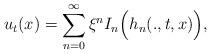
LaTeX: \begin{align*}u_t(x)= \sum_{n=0}^{\infty}\xi^n I_n\Big(h_n(.,t,x)\Big),\end{align*}